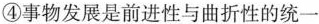
④事物发展是前进性与曲折性的统一